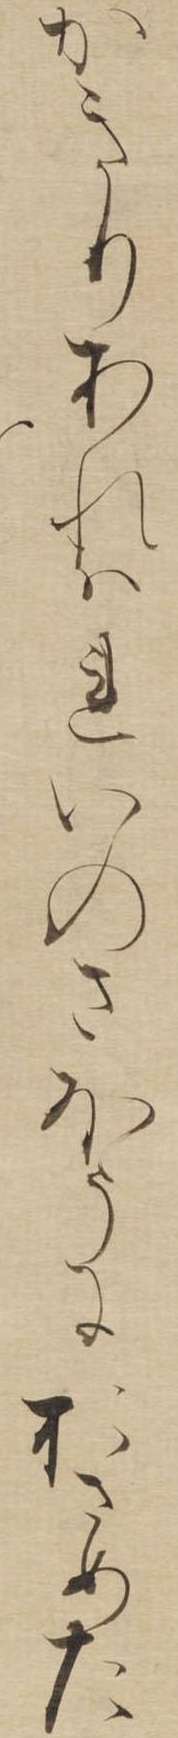
かきりあれはれいのさほうにおさめた